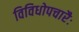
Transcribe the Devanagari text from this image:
विविधोपचारैः